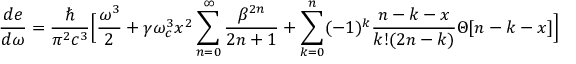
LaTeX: \frac { d e } { d \omega } = \frac { \hbar } { \pi ^ { 2 } c ^ { 3 } } \Big [ \frac { \omega ^ { 3 } } { 2 } + \gamma \omega _ { c } ^ { 3 } x ^ { 2 } \sum _ { n = 0 } ^ { \infty } \frac { \beta ^ { 2 n } } { 2 n + 1 } + \sum _ { k = 0 } ^ { n } ( - 1 ) ^ { k } \frac { n - k - x } { k ! ( 2 n - k ) } \Theta [ n - k - x ] \Big ]